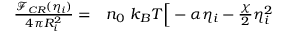
\begin{array} { r l } { \frac { { \mathcal F } _ { C R } ( \eta _ { i } ) } { 4 \pi R _ { i } ^ { 2 } } = } & { { } n _ { 0 } ~ k _ { B } T \Big [ - \alpha \eta _ { i } - \frac { \chi } { 2 } \eta _ { i } ^ { 2 } } \end{array}